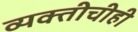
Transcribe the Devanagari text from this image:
व्यक्तीचीही